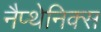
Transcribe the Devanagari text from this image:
नैप्थेनिक्स